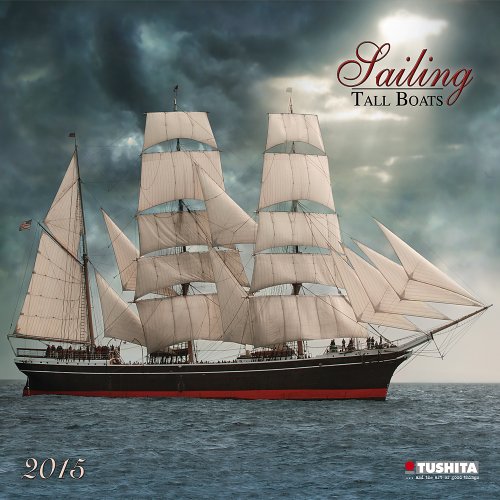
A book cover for Sailing tall Boats (Wonderful World); Tushita Publishing; Calendars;